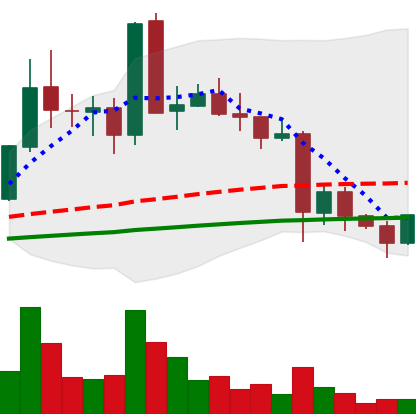
Ticker: EOS-USD
Chart end date: 2021-05-24
Forward return: 7.325%
Label: up_7plus